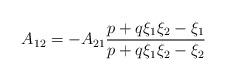
LaTeX: \begin{align*}A_{12} = - A_{21} \frac{p + q \xi_1 \xi_2 - \xi_1}{p + q \xi_1 \xi_2 - \xi_2}\end{align*}